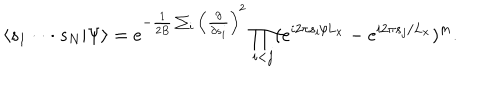
\langle s _ { 1 } \cdot \cdot \cdot s _ { N } | \Psi \rangle = e ^ { - { \frac { 1 } { 2 B } } \sum _ { i } \left( { \frac { \partial } { \partial s _ { i } } } \right) ^ { 2 } } \prod _ { i < j } ( e ^ { i 2 \pi s _ { i } / L _ { x } } - e ^ { i 2 \pi s _ { j } / L _ { x } } ) ^ { m } .